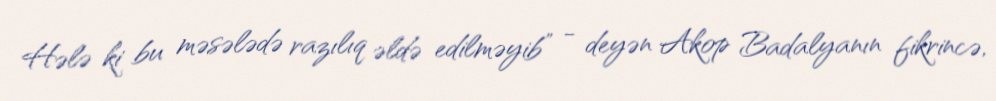
Hələ ki bu məsələdə razılıq əldə edilməyib” - deyən Akop Badalyanın fikrincə,